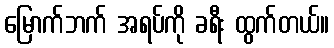
မြောက်ဘက် အရပ်ကို ခရီး ထွက်တယ်။